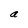
Character: a